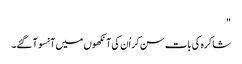
"
شاکرہ کی بات سن کر اُن کی آنکھوں میں آنسو آ گئے۔